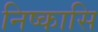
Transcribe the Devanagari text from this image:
निष्कासि